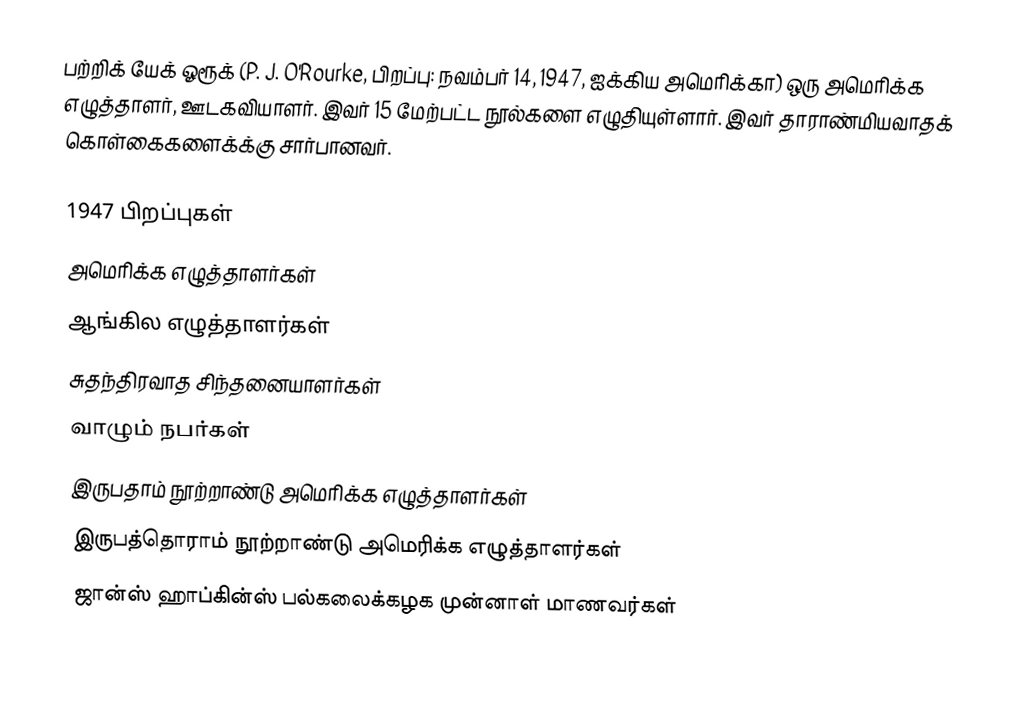
பற்றிக் யேக் ஓரூக் (P. J. O'Rourke, பிறப்பு: நவம்பர் 14, 1947, ஐக்கிய அமெரிக்கா) ஒரு அமெரிக்க எழுத்தாளர், ஊடகவியாளர். இவர் 15 மேற்பட்ட நூல்களை எழுதியுள்ளார். இவர் தாராண்மியவாதக் கொள்கைகளைக்க்கு சார்பானவர்.

1947 பிறப்புகள்
அமெரிக்க எழுத்தாளர்கள்
ஆங்கில எழுத்தாளர்கள்
சுதந்திரவாத சிந்தனையாளர்கள்
வாழும் நபர்கள்
இருபதாம் நூற்றாண்டு அமெரிக்க எழுத்தாளர்கள்
இருபத்தொராம் நூற்றாண்டு அமெரிக்க எழுத்தாளர்கள்
ஜான்ஸ் ஹாப்கின்ஸ் பல்கலைக்கழக முன்னாள் மாணவர்கள்